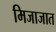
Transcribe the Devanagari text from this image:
मिजाजात